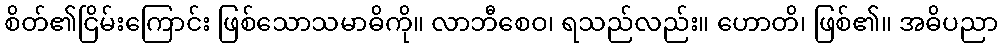
စိတ်၏ငြိမ်းကြောင်း ဖြစ်သောသမာဓိကို။ လာဘီစေဝ၊ ရသည်လည်း။ ဟောတိ၊ ဖြစ်၏။ အဓိပညာ